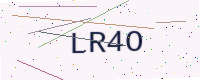
Text: LR4O